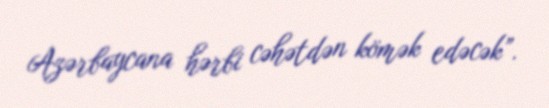
Azərbaycana hərbi cəhətdən kömək edəcək”.